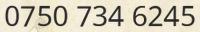
0750 734 6245